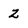
Character: 2